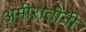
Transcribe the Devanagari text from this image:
अमीरातींनी